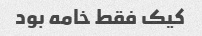
کیک فقط خامه بود